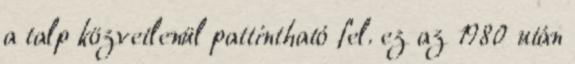
a talp közvetlenül pattintható fel. ez az 1980 után